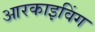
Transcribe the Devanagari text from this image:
आरकाइविंग